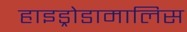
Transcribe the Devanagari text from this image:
हाइड्रोडामालिस